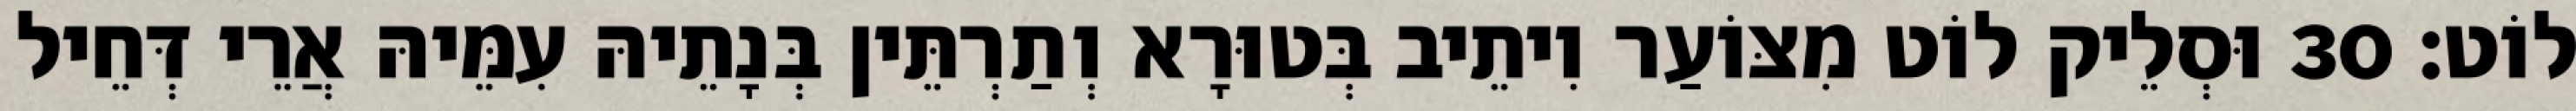
לוֹט׃ 30 וּסְלֵיק לוֹט מִצּוֹעַר וִיתֵיב בְּטוּרָא וְתַרְתֵּין בְּנָתֵיהּ עִמֵּיהּ אֲרֵי דְּחֵיל